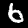
Digit: 6